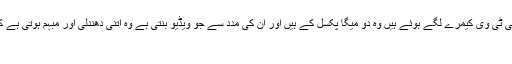
شارع فیصل پر اس وقت جو سی سی ٹی وی کیمرے لگے ہوئے ہیں وہ دو میگا پکسل کے ہیں اور ان کی مدد سے جو ویڈیو بنتی ہے وہ اتنی دھندلی اور مبہم ہوتی ہے کہ کسی کو شناخت ناممکن ہوتا ہے
(128 بار دیکھا گیا)